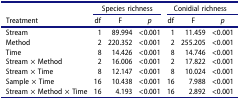
<table><thead><tr><td rowspan="2"><b>Treatment</b></td><td colspan="3"><b>Species richness</b></td><td colspan="3"><b>Conidial richness</b></td></tr><tr><td><b>df</b></td><td><b>F</b></td><td><b><i>p</i></b></td><td><b>df</b></td><td><b>F</b></td><td><b><i>p</i></b></td></tr></thead><tbody><tr><td>Stream</td><td>1</td><td>89.994</td><td>&lt;0.001</td><td>1</td><td>11.459</td><td>&lt;0.001</td></tr><tr><td>Method</td><td>2</td><td>220.352</td><td>&lt;0.001</td><td>2</td><td>255.205</td><td>&lt;0.001</td></tr><tr><td>Time</td><td>8</td><td>14.426</td><td>&lt;0.001</td><td>8</td><td>14.746</td><td>&lt;0.001</td></tr><tr><td>Stream × Method</td><td>2</td><td>16.006</td><td>&lt;0.001</td><td>2</td><td>17.822</td><td>&lt;0.001</td></tr><tr><td>Stream × Time</td><td>8</td><td>12.147</td><td>&lt;0.001</td><td>8</td><td>10.024</td><td>&lt;0.001</td></tr><tr><td>Sample × Time</td><td>16</td><td>10.438</td><td>&lt;0.001</td><td>16</td><td>7.988</td><td>&lt;0.001</td></tr><tr><td>Stream × Method × Time</td><td>16</td><td>4.193</td><td>&lt;0.001</td><td>16</td><td>2.892</td><td>&lt;0.001</td></tr></tbody></table>